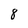
Character: 8